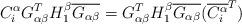
LaTeX: \begin{align*} C^{\alpha}_{i}G_{\alpha\beta}^TH^{\beta}_1\overline{G_{\alpha\beta}} =G_{\alpha\beta}^TH^{\beta}_1\overline{G_{\alpha\beta}}(\overline{C^{\alpha}_{i}}^{T})\end{align*}